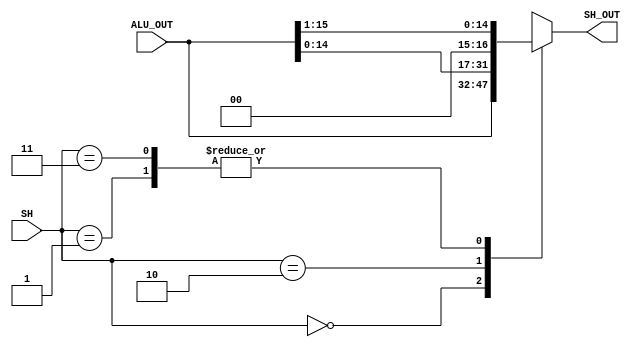
module shifter(input [15:0] ALU_OUT, 
					input [1:0] SH, 
					output [15:0] SH_OUT);
					
	assign SH_OUT = f(ALU_OUT, SH);
	
	
	function [15:0] f(	input [15:0] ALU_OUT, 
							input [1:0] SH);
	case (SH)
		 2'b00: 		f = ALU_OUT;
		 2'b01: 		f = ALU_OUT >> 1;
		 2'b10:		f = ALU_OUT << 1;
		 2'b11: 		f = ALU_OUT >>> 1;
		 default:	f = 0;
	endcase
	endfunction
	
endmodule